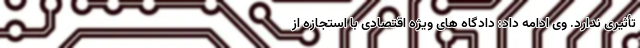
تأثیری ندارد. وی ادامه داد: دادگاه های ویژه اقتصادی با استجازه از